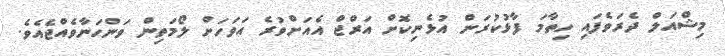
މިޝްއަލް ދެރަވެފައި ހިތާމަ ފާޅުކުރަން އުޅެނިކޮށް އަރްޖް އެއަށްވުރެ އަވަހަށް ލޯމަތިން ވަންހަނާވެއްޖެއެވެ.